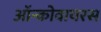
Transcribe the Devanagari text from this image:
ऑन्कोवायरस